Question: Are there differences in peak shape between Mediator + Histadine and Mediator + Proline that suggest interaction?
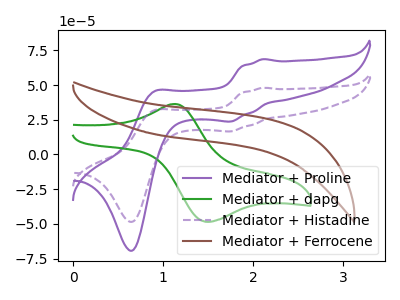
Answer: <think>The purple curve "Mediator + Proline" has anodic peaks at (2.10V, 68.55uA) (0.90V, 45.25uA) and cathodic peaks at (1.75V, 23.75uA) (0.65V, -69.30uA). The green curve "Mediator + dapg" has an anodic peak at (1.15V, 36.35uA) and a cathodic peak at (1.50V, -48.40uA). The purple dashed curve "Mediator + Histadine" has anodic peaks at (2.10V, 48.00uA) (0.90V, 31.65uA) and cathodic peaks at (1.75V, 16.60uA) (0.65V, -48.50uA). The brown curve "Mediator + Ferrocene" has no peaks.
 All the peaks in "Mediator + Histadine" have a peak in "Mediator + Proline" at the same potential.</think>
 <answer>No, "Mediator + Histadine" and "Mediator + Proline" don't appear to be significantly different in shape</answer>
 <eval>no_change</eval>